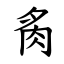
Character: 䏑